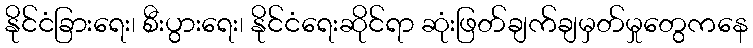
နိုင်ငံခြားရေး၊ စီးပွားရေး၊ နိုင်ငံရေးဆိုင်ရာ ဆုံးဖြတ်ချက်ချမှတ်မှုတွေကနေ